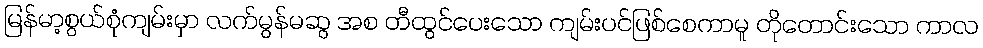
မြန်မာ့စွယ်စုံကျမ်းမှာ လက်မွန်မဆွ အစ တီထွင်ပေးသော ကျမ်းပင်ဖြစ်စေကာမူ တိုတောင်းသော ကာလ